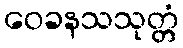
ဝေခနသသုတ္တံ